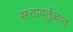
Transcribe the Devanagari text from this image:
सत्तावर्तुळात